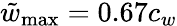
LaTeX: \tilde{w}_{\mathrm{max}}=0.67c_{w}